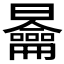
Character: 𭨣